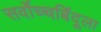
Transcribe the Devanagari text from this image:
सर्वोच्चबिंदूला